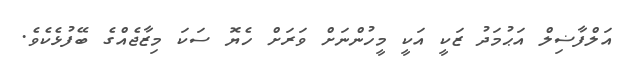
އަލްފާޟިލް އަޙުމަދު ޒަކީ އަކީ މީހުންނަށް ވަރަށް ހެޔޮ ސަކަ މިޒާޖެއްގެ ބޭފުޅެކެވެ.